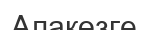
Алакөзге